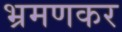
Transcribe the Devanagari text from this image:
भ्रमणकर